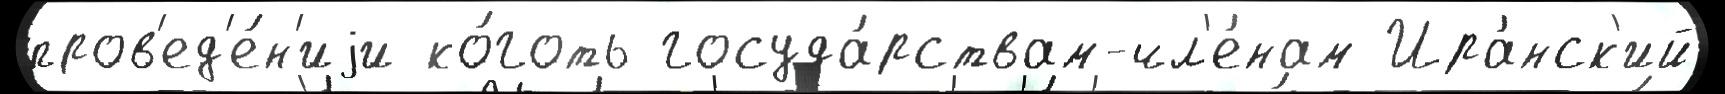
пров'ед'е́н'иjи ко́готь госуда́рствам-чл'е́нам Ира́нск'ий